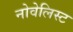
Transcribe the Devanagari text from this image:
नोवेलिस्ट